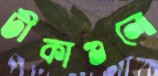
টীকাগুলো